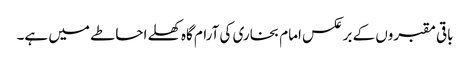
باقی مقبروں کے برعکس امام بخاری کی آرام گاہ کھلے احاطے میں ہے۔